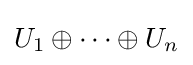
U_{1}\oplus \dots \oplus U_{n}